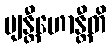
ဗျန္တီဟောန္တီတိ